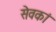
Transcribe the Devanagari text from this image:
सेवकां